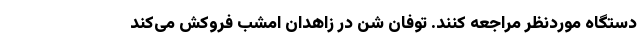
دستگاه موردنظر مراجعه کنند. توفان شن در زاهدان امشب فروکش می‌کند